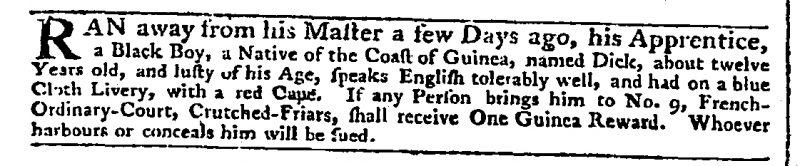
Daily Advertiser, 11 May 1775 (England)
RAN away from his Master a few Days ago, his Apprentice, a Black Boy, a Native of the Coast of Guinea, named Dick, about twelve Years old, and lusty of his Age, speaks English tolerably well, and had on a blue Cloth Livery, with a red Cape. If any Person brings him to No. 9, French-Ordinary-Court, Crutched-Friars, shall receive One Guinea Reward. Whoever harbours or conceals him will be sued.